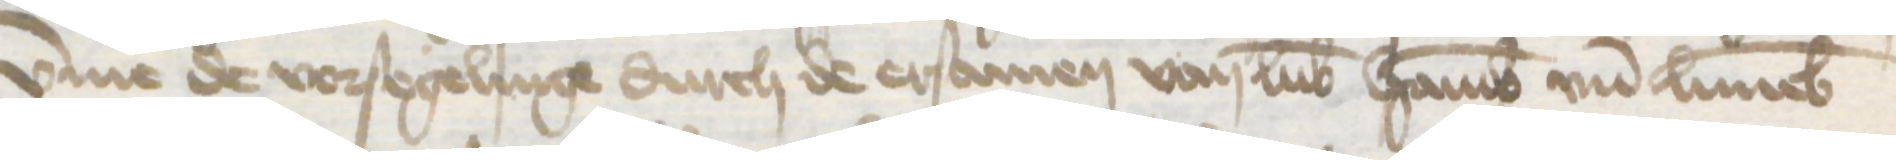
vmme de vorsegelinge durch de ersamen van Lubek Hamburg vnd Luneborch